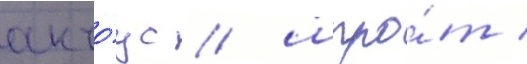
анчо́ус / шпро́т /